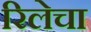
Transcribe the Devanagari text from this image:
रिलेचा